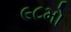
૯૮મો